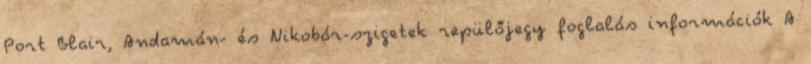
Port Blair, Andamán- és Nikobár-szigetek repülőjegy foglalás információk A